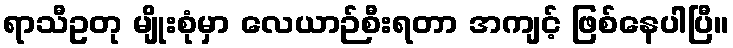
ရာသီဥတု မျိုးစုံမှာ လေယာဉ်စီးရတာ အကျင့် ဖြစ်နေပါပြီ။